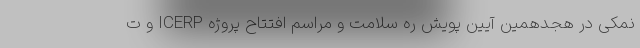
نمکی در هجدهمین آیین پویش ره سلامت و مراسم افتتاح پروژه ICERP و ت